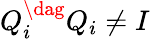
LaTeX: Q_{i}^{\dag}Q_{i}\ne I